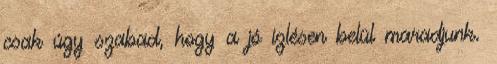
csak úgy szabad, hogy a jó ízlésen belül maradjunk.